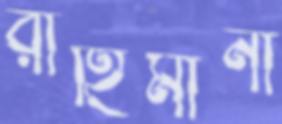
রাহিমীনা